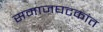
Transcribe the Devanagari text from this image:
समाजघटकांत